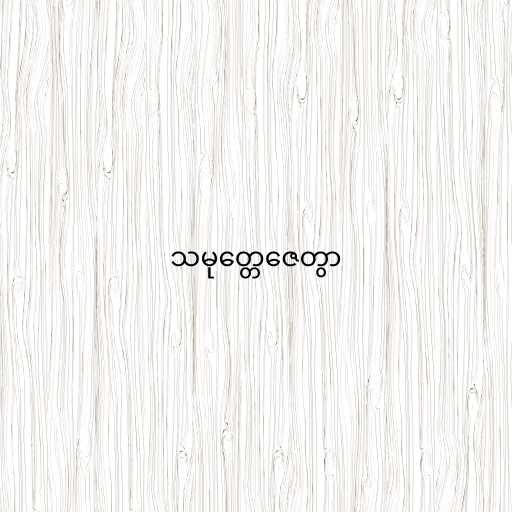
သမုတ္တေဇေတွာ